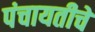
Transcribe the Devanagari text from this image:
पंचायतीचें